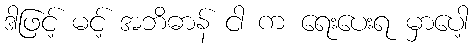
ဒါဖြင့် မင့် အဘိဓာန် ငါ က ရေးပေးရ မှာပေါ့